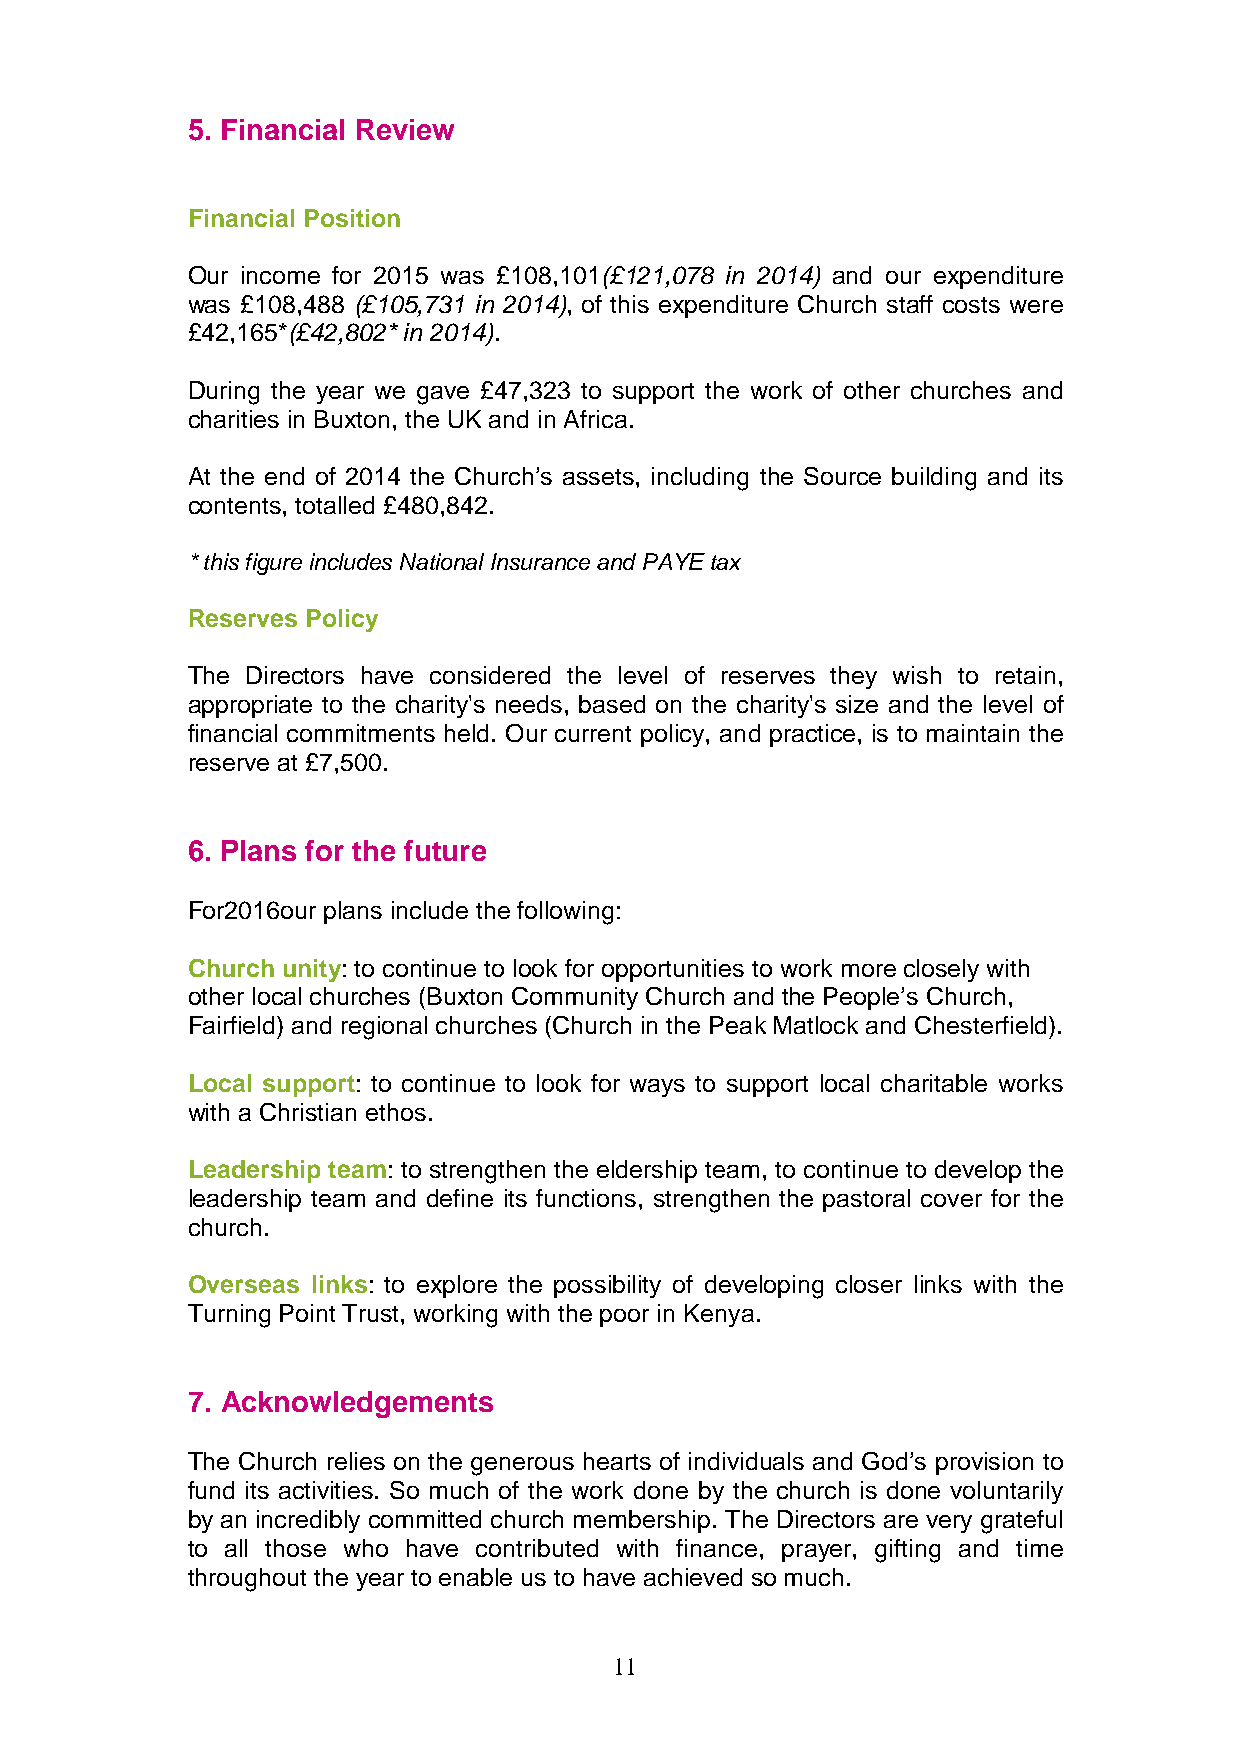
5. Financial Review
 Financial Position
 Our income for 2015 was £108,101(£121,078 in 2014) and our expenditure
 was £108,488 (£105,731 in 2014), of this expenditure Church staff costs were
 £42,165*(£42,802* in 2014).
 During the year we gave £47,323 to support the work of other churches and
 charities in Buxton, the UK and in Africa.
 At the end of 2014 the Church’s assets, including the Source building and its
 contents, totalled £480,842.
 * this figure includes National Insurance and PAYE tax
 Reserves Policy
 The Directors have considered the level of reserves they wish to retain,
 appropriate to the charity's needs, based on the charity's size and the level of
 financial commitments held. Our current policy, and practice, is to maintain the
 reserve at £7,500.
 6. Plans for the future
 For2016our plans include the following:
 Church unity: to continue to look for opportunities to work more closely with
 other local churches (Buxton Community Church and the People’s Church,
 Fairfield) and regional churches (Church in the Peak Matlock and Chesterfield).
 Local support: to continue to look for ways to support local charitable works
 with a Christian ethos.
 Leadership team: to strengthen the eldership team, to continue to develop the
 leadership team and define its functions, strengthen the pastoral cover for the
 church.
 Overseas links: to explore the possibility of developing closer links with the
 Turning Point Trust, working with the poor in Kenya.
 7. Acknowledgements
 The Church relies on the generous hearts of individuals and God’s provision to
 fund its activities. So much of the work done by the church is done voluntarily
 by an incredibly committed church membership. The Directors are very grateful
 to all those who have contributed with finance, prayer, gifting and time
 throughout the year to enable us to have achieved so much.
 11